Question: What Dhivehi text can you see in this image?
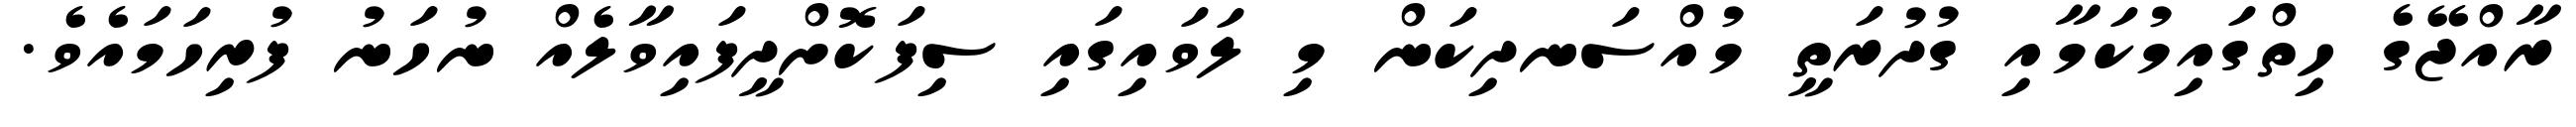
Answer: ރާއްޖޭގެ ހިތްގައިމުކަމާއި ގުދުރަތީ މުއްސަނދިކަން މި ލަވައިގައި ސިފަކޮށްދީފައިވާލެއް ނުހަނު ފުރިހަމައެވެ.